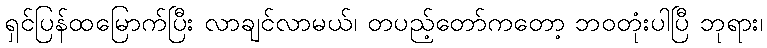
ရှင်ပြန်ထမြောက်ပြီး လာချင်လာမယ်၊ တပည့်တော်ကတော့ ဘဝတုံးပါပြီ ဘုရား၊